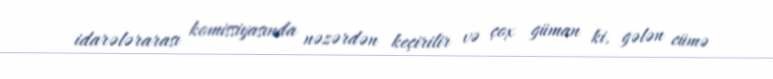
idarələrarası komissiyasında nəzərdən keçirilir və çox güman ki, gələn cümə